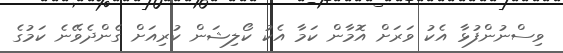
ވިސްނުންފުޅާ އެކު ވަރަށް އޮމާން ކަމާ އެކު ކޯލިޝަން ކުރިއަށް ގެންދެވޭނެ ކަމުގެ